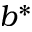
b ^ { * }